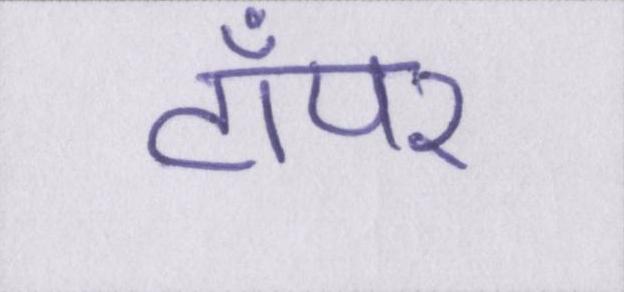
टॉपर